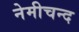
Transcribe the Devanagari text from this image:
नेमीचन्द